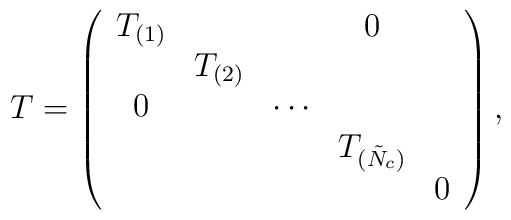
T=\left( \begin{array}{ccccc}T_{(1)} & & &  0 & \\ &  T_{(2)} & & & \\ 0 &  & \cdots &  & \\ & & & T_{(\tilde N_c)} & \\ & & & & 0    \end{array}\right),